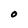
Character: 0